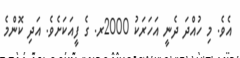
އެވެ. މި ހުއްދަ ދެނީ އަހަރަކު 2000ރ. ގެ ފީއަކަށެވެ. އަދި ކޮންމެ